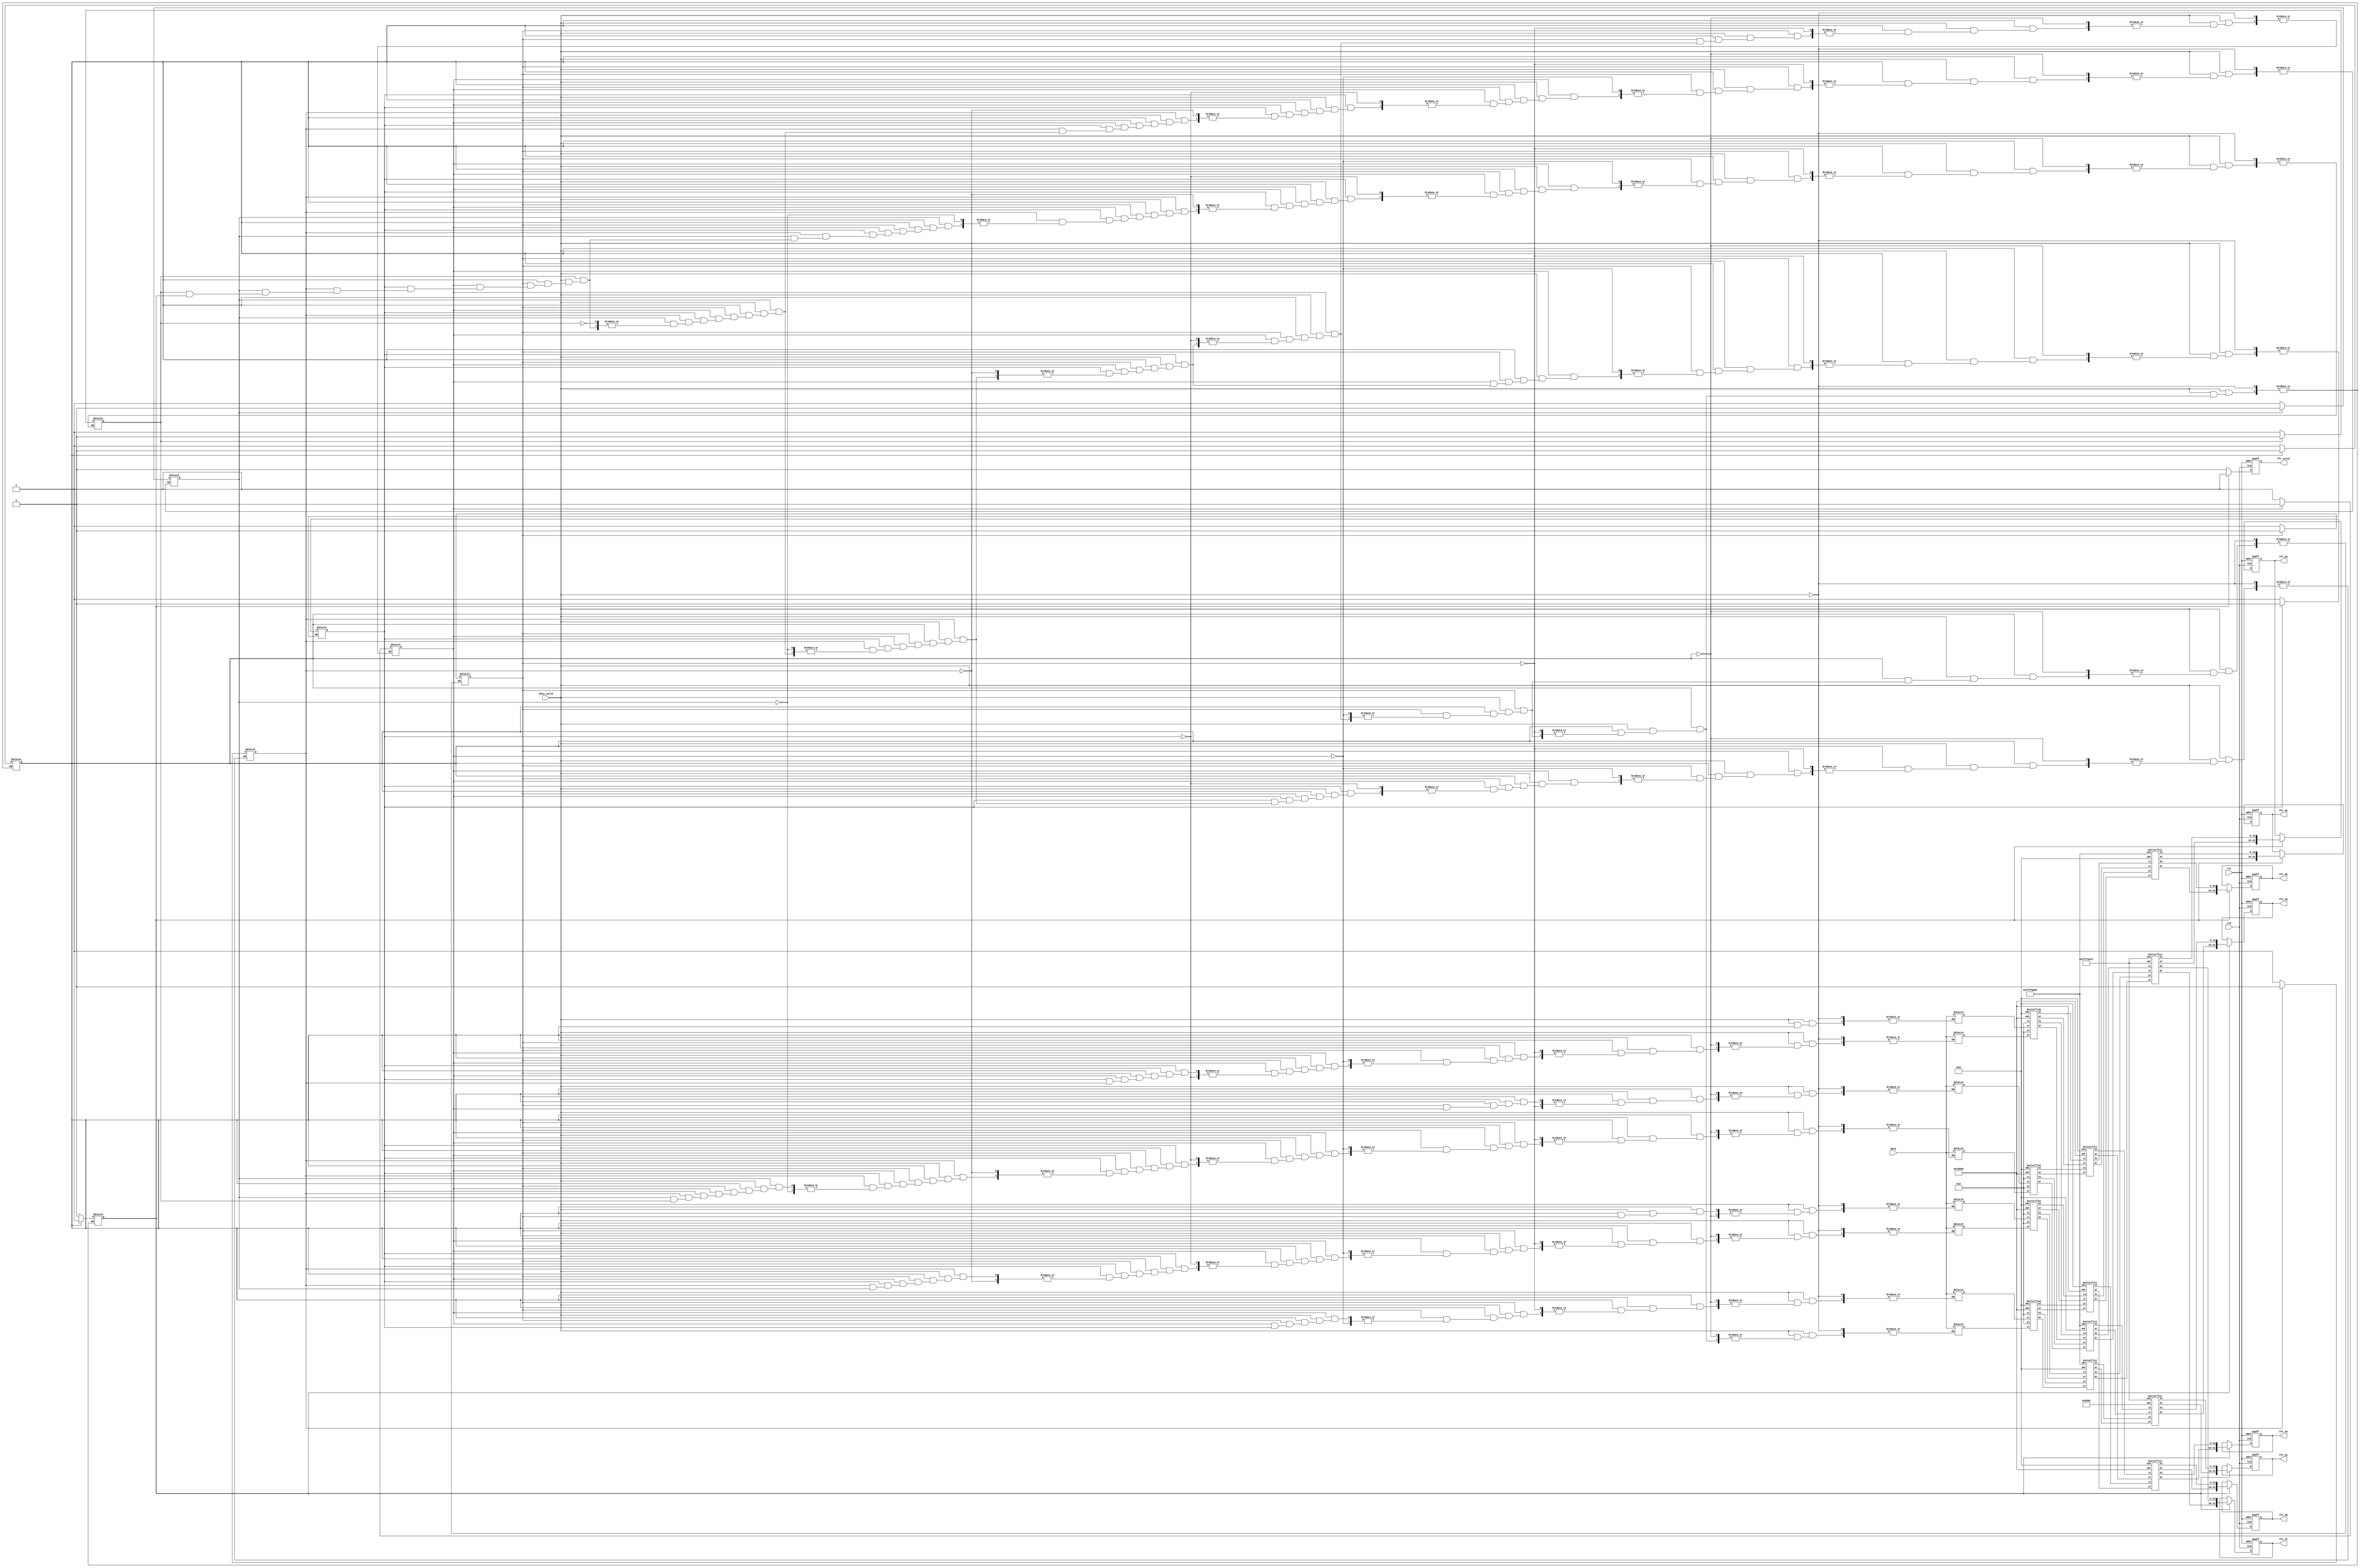
module fft(
	clk,
	rst,
	data_valid,
	data,
	fft_valid,
 	fft_d0, fft_d1, fft_d2, fft_d3, fft_d4, fft_d5, fft_d6, fft_d7 
	);

//////////////////
// input output //
//////////////////

input		        clk;
input		        rst;
input		        data_valid;
input	signed [15:0]	data;
output		        fft_valid;
output 	signed [31:0] 	fft_d0, fft_d1, fft_d2, fft_d3, fft_d4, fft_d5, fft_d6, fft_d7;

///////////////
// parameter //
///////////////

parameter signed W0_R = 32'h00010000;      //The real part of the reference table about COS(x)+i*SIN(x) value , 0: 001
parameter signed W1_R = 32'h0000B504;      //The real part of the reference table about COS(x)+i*SIN(x) value , 2: 7.070923e-001
parameter signed W2_R = 32'h00000000;      //The real part of the reference table about COS(x)+i*SIN(x) value , 4: 000
parameter signed W3_R = 32'hFFFF4AFC;      //The real part of the reference table about COS(x)+i*SIN(x) value , 6: -7.070923e-001

parameter signed W0_I = 32'h00000000;      //The imag part of the reference table about COS(x)+i*SIN(x) value , 0: 000
parameter signed W1_I = 32'hFFFF4AFC;      //The imag part of the reference table about COS(x)+i*SIN(x) value , 2: -7.070923e-001
parameter signed W2_I = 32'hFFFF0000;      //The imag part of the reference table about COS(x)+i*SIN(x) value , 4: -01
parameter signed W3_I = 32'hFFFF4AFC;      //The imag part of the reference table about COS(x)+i*SIN(x) value , 6: -7.070923e-001



////////////////
// your design//
////////////////

reg    signed   [31:0] 	fft_d0, fft_d1, fft_d2, fft_d3, fft_d4, fft_d5, fft_d6, fft_d7;
reg    signed           fft_valid ;
reg          	        check = 1 ;

reg    signed   [15:0]  reg_data0 = 16'd0 , reg_data1 = 16'd0 , reg_data2 = 16'd0 , reg_data3 = 16'd0 , reg_data4 = 16'd0 , reg_data5 = 16'd0 , reg_data6 = 16'd0 , reg_data7 = 16'd0 ;
reg data0 =0 ,data1 =0 ,data2 =0 ,data3 =0 ,data4 =0 ,data5 =0 ,data6 =0 ,data7 =0 ,output_sure =0 ;
wire   signed   [15:0] j0r , j1r , j2r , j3r , j4r , j5r , j6r , j7r ;
wire   signed   [15:0] j0i , j1i , j2i , j3i , j4i , j5i , j6i , j7i ;
wire   signed   [15:0] k0r , k1r , k2r , k3r , k4r , k5r , k6r , k7r ;
wire   signed   [15:0] k0i , k1i , k2i , k3i , k4i , k5i , k6i , k7i ;
wire   signed   [15:0] m0r , m1r , m2r , m3r , m4r , m5r , m6r , m7r ;
wire   signed   [15:0] m0i , m1i , m2i , m3i , m4i , m5i , m6i , m7i ;
reg    signed   [31:0] reg_fft0 = 32'd0 , reg_fft1 = 32'd0 , reg_fft2 = 32'd0 , reg_fft3 = 32'd0 , reg_fft4 = 32'd0 , reg_fft5 = 32'd0 , reg_fft6 = 32'd0 , reg_fft7 = 32'd0 ; 


	butterfly0 shit0(j0r,j0i,j1r,j1i,reg_data0,16'd0,reg_data4,16'd0,W0_R,W0_I);
	butterfly0 shit1(j2r,j2i,j3r,j3i,reg_data2,16'd0,reg_data6,16'd0,W0_R,W0_I);
	butterfly0 shit2(j4r,j4i,j5r,j5i,reg_data1,16'd0,reg_data5,16'd0,W0_R,W0_I);
	butterfly0 shit3(j6r,j6i,j7r,j7i,reg_data3,16'd0,reg_data7,16'd0,W0_R,W0_I);	

	butterfly1 pig0(k0r,k0i,k2r,k2i,j0r,j0i,j2r,j2i,W0_R,W0_I);
	butterfly1 pig1(k1r,k1i,k3r,k3i,j1r,j1i,j3r,j3i,W2_R,W2_I);
	butterfly1 pig2(k4r,k4i,k6r,k6i,j4r,j4i,j6r,j6i,W0_R,W0_I);
	butterfly1 pig3(k5r,k5i,k7r,k7i,j5r,j5i,j7r,j7i,W2_R,W2_I);

	butterfly1 kiwi0(m0r,m0i,m4r,m4i,k0r,k0i,k4r,k4i,W0_R,W0_I);
	butterfly1 kiwi1(m1r,m1i,m5r,m5i,k1r,k1i,k5r,k5i,W1_R,W1_I);
	butterfly1 kiwi2(m2r,m2i,m6r,m6i,k2r,k2i,k6r,k6i,W2_R,W2_I);
	butterfly1 kiwi3(m3r,m3i,m7r,m7i,k3r,k3i,k7r,k7i,W3_R,W3_I);



always@(posedge clk or posedge rst)
begin
	if(rst)
	begin 
		fft_valid <= 0 ;
		fft_d0 <= 32'd0;fft_d1 <= 32'd0;fft_d2 <= 32'd0;fft_d3 <= 32'd0;fft_d4 <= 32'd0;fft_d5 <= 32'd0;fft_d6 <= 32'd0;fft_d7 <= 32'd0;
	end
	else	if(output_sure==1)
	begin
		fft_valid <= 1 ;
		fft_d0 <= reg_fft0 ; fft_d1 <= reg_fft1 ; fft_d2 <= reg_fft2 ; fft_d3 <= reg_fft3 ;
		fft_d4 <= reg_fft4 ; fft_d5 <= reg_fft5 ; fft_d6 <= reg_fft6 ; fft_d7 <= reg_fft7 ;
	
	end
	else	if(output_sure==0)
	begin
		fft_valid <= 0 ;
	
	end

end
always@(negedge clk)
begin
	check = ~check ;
end
always@(check)
begin
	if(data_valid==1)
	begin
	if(data0==0)
	begin reg_data0 = data ; data0 = 1; data7 = 0;output_sure =0 ;end
	else if(data1==0)
	begin reg_data1 = data ; data1 = 1; end
	else if(data2==0)
	begin reg_data2 = data ; data2 = 1; end
	else if(data3==0)
	begin reg_data3 = data ; data3 = 1; end
	else if(data4==0)
	begin reg_data4 = data ; data4 = 1; end
	else if(data5==0)
	begin reg_data5 = data ; data5 = 1; end
	else if(data6==0)
	begin reg_data6 = data ; data6 = 1; end
	else if(data7==0)
	begin reg_data7 = data ;data0=0; data1=0; data2=0; data3=0; data4=0; data5=0; data6=0; data7 = 1;output_sure =1 ; end
	end
	else begin data0 = data0 ;end	
end


always@(m0r or m1r or m2r or m3r or m4r or m5r or m6r or m7r)
begin
	 reg_fft0 = {m0r , m0i} ; reg_fft1 = {m1r , m1i} ; reg_fft2 = {m2r , m2i} ; reg_fft3 = {m3r , m3i} ;
	 reg_fft4 = {m4r , m4i} ; reg_fft5 = {m5r , m5i} ; reg_fft6 = {m6r , m6i} ; reg_fft7 = {m7r , m7i} ;
end



endmodule

module butterfly0 (ar,ai,br,bi,xr,xi,yr,yi,w0r,w0i);

input     signed    [15:0]   xr ,yr ,xi ,yi ;
input     signed    [31:0]   w0r , w0i ;
output    signed    [15:0]   ar ,ai ,br ,bi  ;

assign ar = xr + yr ;
assign ai = xi ;
assign br = xr - yr ;
assign bi = xi ;

endmodule

module butterfly1 (ar,ai,br,bi,xr,xi,yr,yi,w0r,w0i);

input    signed   [15:0]   xr ,xi ,yr ,yi  ;
input	 signed   [31:0]   w0r,w0i;
output   signed   [15:0]   ar ,ai ,br ,bi ;
wire     signed   [47:0]   dick_re1 , dick_im1 , dick_re2 , dick_im2 ;
wire	 signed	  [47:0]   far ,fai ,fbr ,fbi ;

assign dick_re1 = yr * w0r ;
assign dick_re2 = yi * w0i ;
assign dick_im1 = yr * w0i ;
assign dick_im2 = yi * w0r ;
assign    far    = (xr<<16) + dick_re1 - dick_re2 ;
assign    fai    = (xi<<16) + dick_im1 + dick_im2 ;
assign    fbr    = (xr<<16) - dick_re1 + dick_re2 ;
assign    fbi    = (xi<<16) - dick_im1 - dick_im2 ;
assign   ar     = far[31:16];
assign   ai     = fai[31:16];
assign   br     = fbr[31:16];
assign   bi     = fbi[31:16];

endmodule